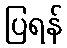
ပြရန်